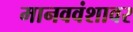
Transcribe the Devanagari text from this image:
मानववंशावर